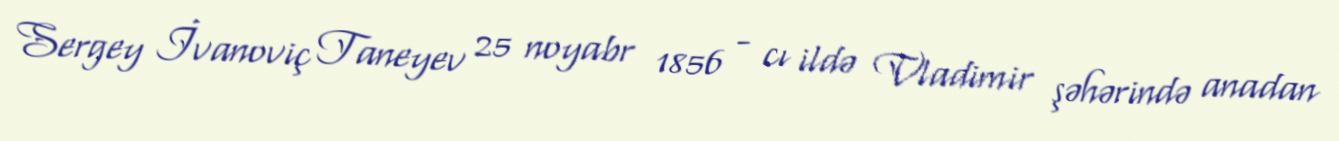
Sergey İvanoviç Taneyev 25 noyabr 1856 - cı ildə Vladimir şəhərində anadan